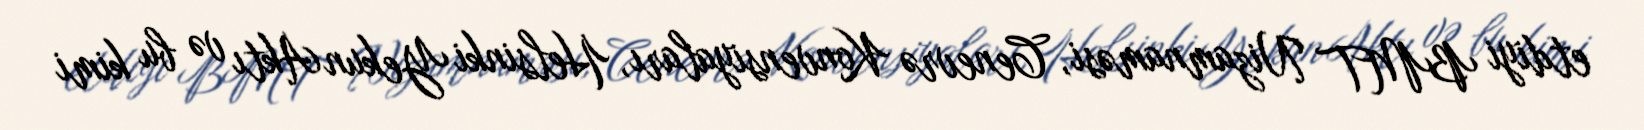
etdiyi BMT Nizamnaməsi, Cenevrə Konvensiyaları, Helsinki Yekun Aktı və bu kimi